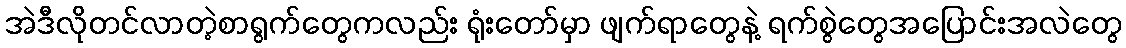
အဲဒီလိုတင်လာတဲ့စာရွက်တွေကလည်း ရုံးတော်မှာ ဖျက်ရာတွေနဲ့ ရက်စွဲတွေအပြောင်းအလဲတွေ